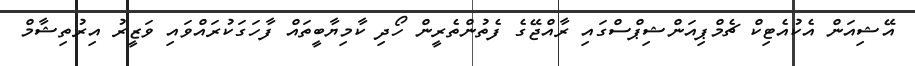
އޭޝިއަން އެކުއެޓިކް ޗެމްޕިއަންޝިޕްސްގައިި ރާއްޖޭގެ ފެތުންތެރީން ހޯދި ކާމިޔާބީތައް ފާހަގަކުރައްވައި ވަޒީރު އިރުތިޝާމް